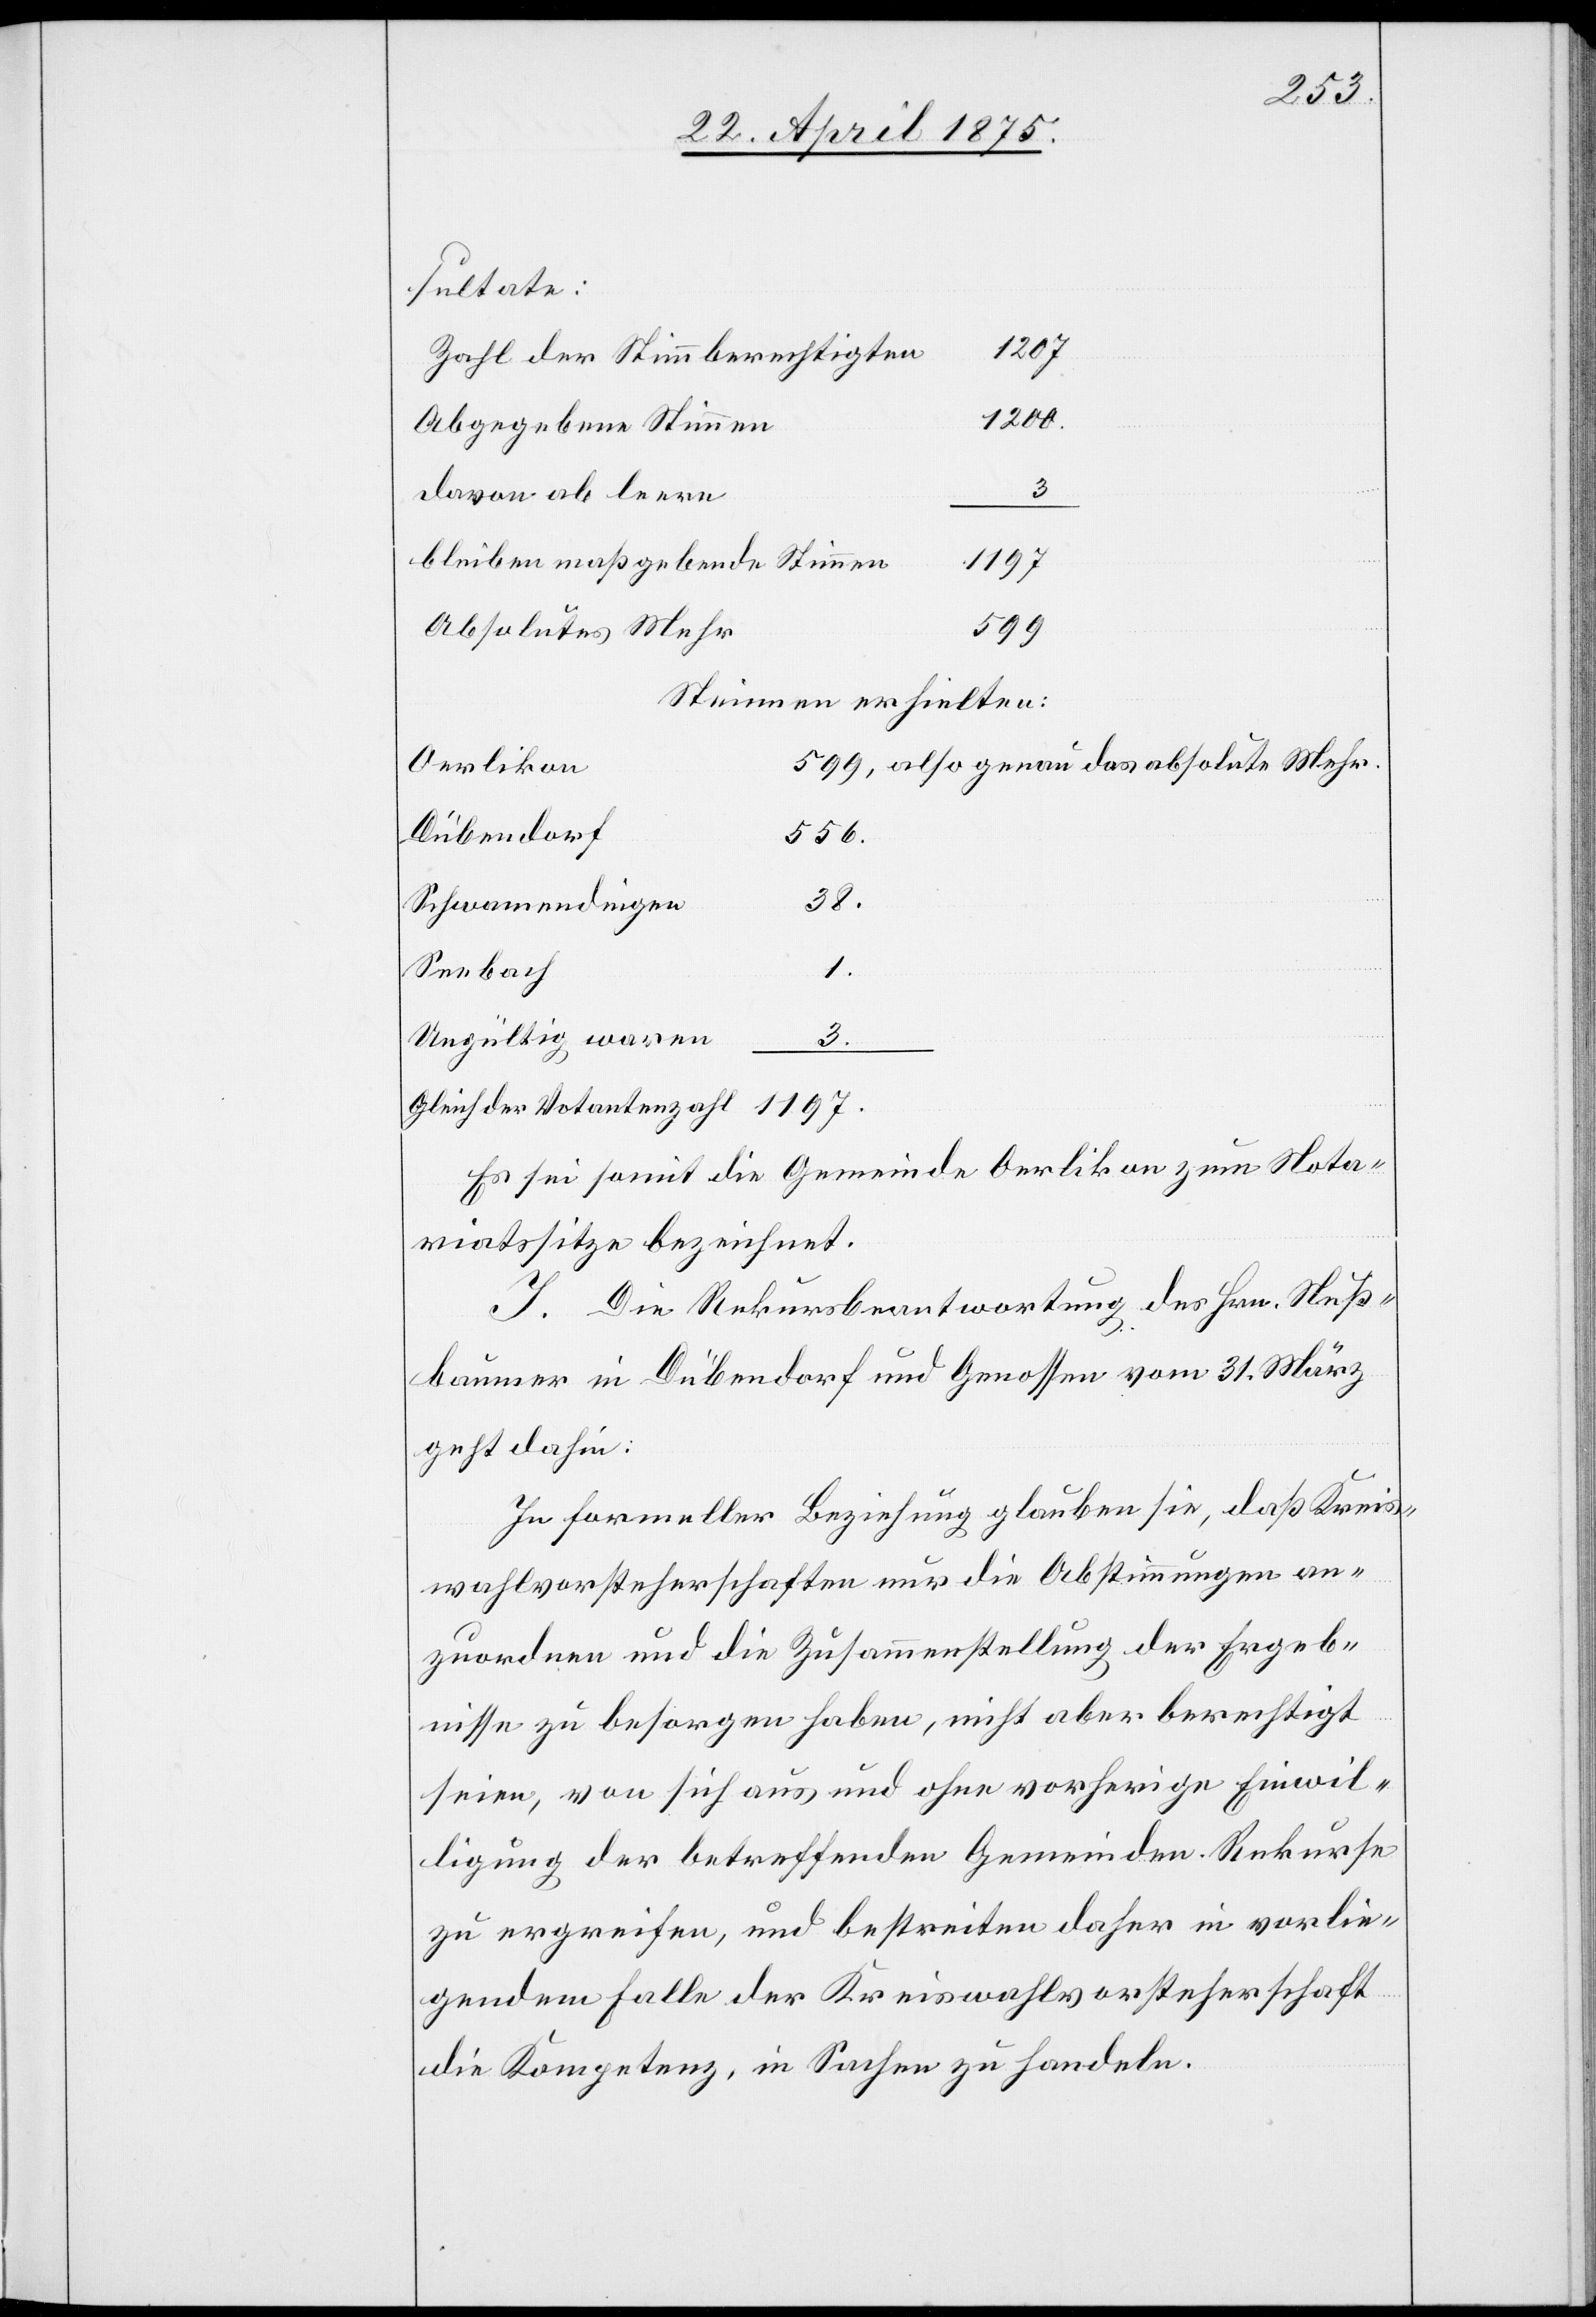
sultate:
1207
Zahl der Stimmberechtigten
1200
Abgegebene Stimmen
davon ab leere
1197
bleiben maßgebende Stimmen
absolute Mehr.
599,
Stimmern erhielten:
Oerlikon
Dübendorf
556.
38.
Schwamendingen
1.
Seebach
Ungültig waren
3.
Gleich der Votantenzahl
Es sei somit die Gemeinde Oerlikon zum Nota¬
riatssitze bezeichnet.
I. Die Rekursbeantwortung des Hrn. Nuß¬
baumer in Dübendorf und Genossen vom 31. März
geht dahin:
In formeller Beziehung glauben sie, daß Kreis¬
wahlvorsteherschaften nur die Abstimmungen an¬
zuordnen und die Zusammenstellung der Ergeb¬
nisse zu besorgen haben, nicht aber berechtigt
seien, von sich aus und ohne vorherige Einwil¬
ligung der betreffenden Gemeinden Rekurse
zu ergreifen, und bestreiten daher in vorlie¬
gendem Falle der Kreiswahlvorsteherschaft
die Kompetenz, in Sachen zu handeln.